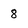
Character: 8